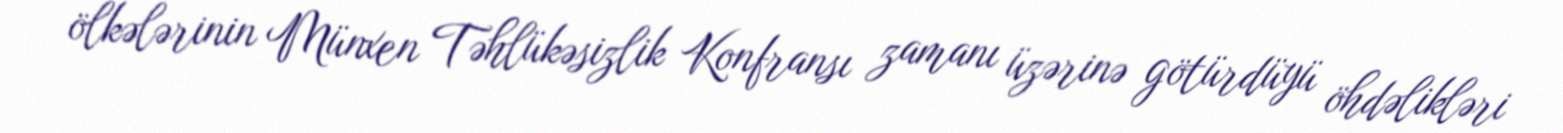
ölkələrinin Münxen Təhlükəsizlik Konfransı zamanı üzərinə götürdüyü öhdəlikləri